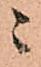
ニ